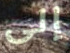
إلى